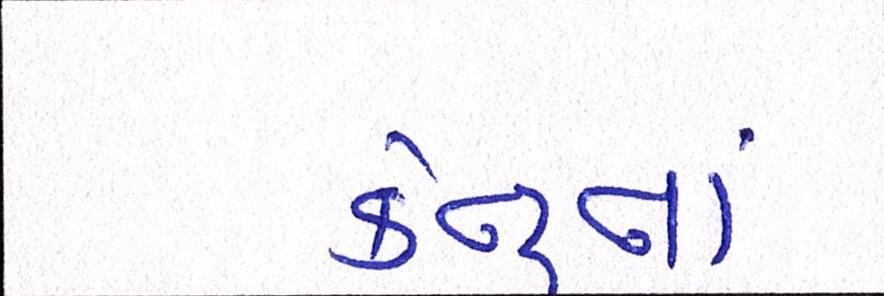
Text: કેન્દ્રનાં